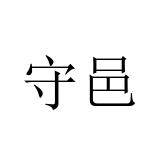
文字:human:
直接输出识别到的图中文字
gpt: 守邑